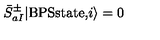
{ \bar { S } } _ { a I } ^ { \pm } \vert \mathrm { B P S s t a t e , } i \rangle = 0